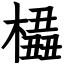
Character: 橻